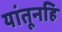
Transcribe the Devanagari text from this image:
यांतूनहि